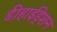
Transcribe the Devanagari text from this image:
डीहाईड्रेशन